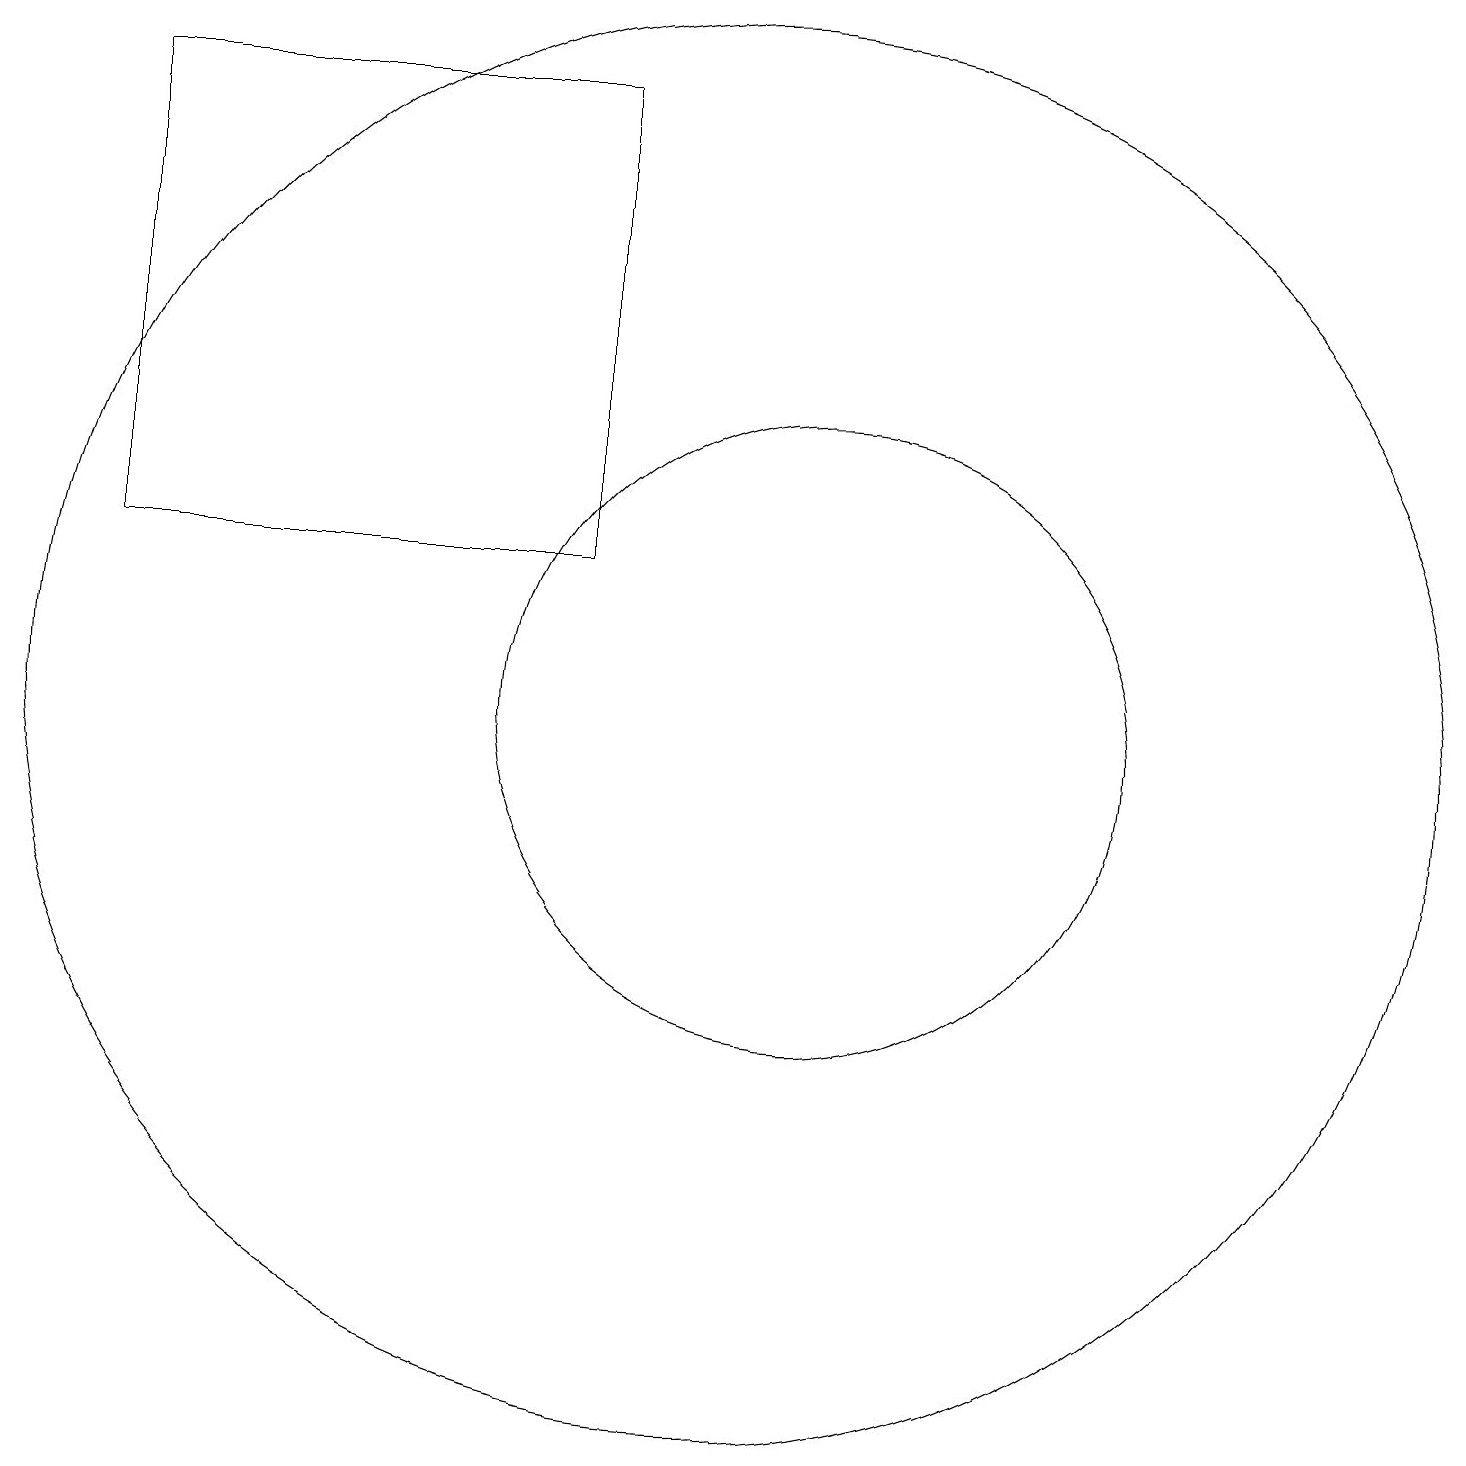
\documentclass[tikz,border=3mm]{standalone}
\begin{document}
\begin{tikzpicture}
\draw (8,18) rectangle (2,12);
\draw (11,10) circle (4);
\draw (10,10) circle (9);
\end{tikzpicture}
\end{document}